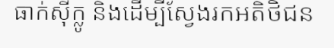
ធាក់ស៊ីក្លូ និងដើម្បីស្វែងរកអតិថិជន